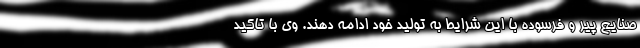
صنایع پیر و فرسوده با این شرایط به تولید خود ادامه دهند. وی با تاکید